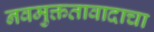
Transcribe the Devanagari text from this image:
नवमुक्ततावादाचा